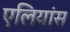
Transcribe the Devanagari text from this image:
एलियांस